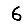
Digit: 6